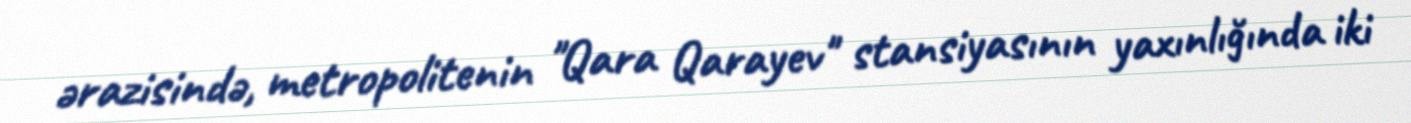
ərazisində, metropolitenin "Qara Qarayev" stansiyasının yaxınlığında iki